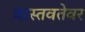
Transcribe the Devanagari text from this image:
वास्तवतेवर